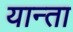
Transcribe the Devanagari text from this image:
यान्ता